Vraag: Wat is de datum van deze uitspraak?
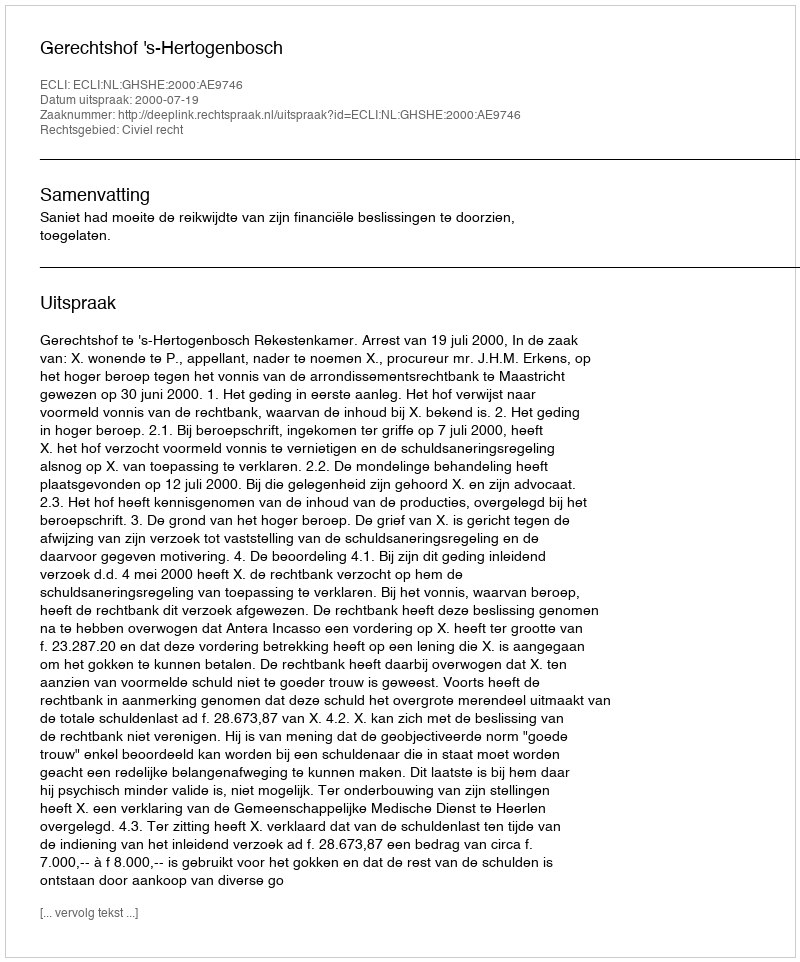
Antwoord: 2000-07-19